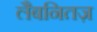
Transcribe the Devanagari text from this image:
लैबनितज़